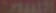
السمك